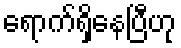
ရောက်ရှိနေပြီဟု